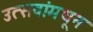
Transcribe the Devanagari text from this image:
उत्सवांमधून